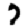
Digit: 7